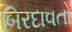
બિરદાવતો